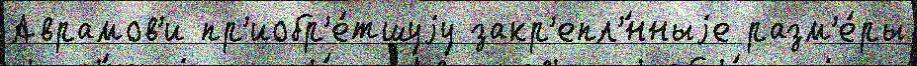
Аврамов'и пр'иобр'е́тшуjу закр'епл'́нныjе разм'е́ры